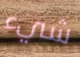
شيء